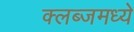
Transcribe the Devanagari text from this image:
क्लब्जमध्ये